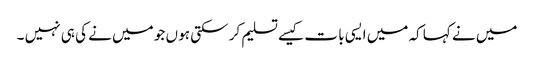
میں نے کہا کہ میں ایسی با ت کیسے تسلیم کر سکتی ہو ں جو میں نے کی ہی نہیں ۔